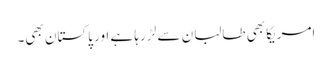
امریکا بھی طالبان سے لڑ رہا ہے اور پاکستان بھی۔